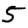
Digit: 5